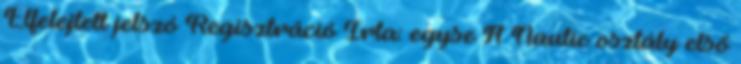
Elfelejtett jelszó Regisztráció Írta: egyse A Nautic osztály első